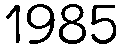
1985